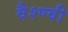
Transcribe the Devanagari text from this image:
वैश्ण्वी